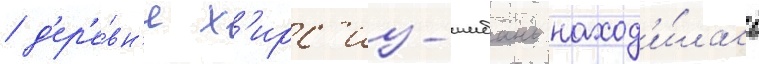
/ д'ер'е́вн'я х'ирс'из-шибань наход'и́лась